system: You are a helpful assistant.
user:
Analyze the provided spectrum to determine if it is a **M-type Giant (gM)**.

A M-type Giant spectrum is defined by its **strong molecular absorption** features, particularly from **Titanium Oxide (TiO)**. You must check for one of the following mutually exclusive signatures:

- **Key Visual Indicators (Absorption-Dominated Spectrum):**

    - **(Primary):** The spectrum is dominated by strong molecular absorption from **Titanium Oxide (TiO)**. This is the **defining feature** of its M-type temperature class.
        - **(Key Bandheads):** Look for sharp, "saw-tooth" absorption valleys. The strongest are located near **~7050 Å**, **~6160 Å**, and **~5170 Å**.
        - **(Line Profile):** The "saw-tooth" morphology is critical: a **sharp, steep drop on the BLUE (short-wavelength) side** of the bandhead, followed by a gradual recovery (rising flux) towards the RED (long-wavelength) side.

    - **(Key Confirmation - Giant vs. Dwarf):** **ABSENCE** of strong **Calcium Hydride (CaH)** molecular bands. This is the primary diagnostic for *excluding* M-dwarfs.
        - **(Key Region):** The spectrum should lack the strong, broad absorption band seen in dwarfs between **~6800 Å and ~7000 Å**.

    - **(Secondary Confirmation - Giant):** A very strong and broad **Neutral Calcium (Ca I)** atomic absorption line.
        - **(Key Line):** Located at **~4226 Å**. In a giant (gM), this line is significantly deeper and broader than the same line in an M-dwarf (dM) due to low surface gravity.

    - **(Overall Spectrum):**
        - The continuum is **extremely red-sloping** (i.e., flux is very low in the blue and rises dramatically towards the red).
        - The entire spectrum appears "chopped up" by the deep TiO bands.

Think first, call **spectral_visualization_tool** if needed to examine features in detail, then provide your final answer. Your response must adhere to the following strict rules:
1.  **Overall Structure:** Your response must follow the format `<think>...</think> <tool_call>...</tool_call> (if a tool is used) <answer>...</answer>`.
2.  **Tool Usage Constraint:** You may only make **one** tool call per turn.
3.  **Final Answer Format:** In the `<answer>` tag, your conclusion must be inside a `\boxed{}` command (e.g., `\boxed{YES}` or `\boxed{NO}`), followed by your justification.

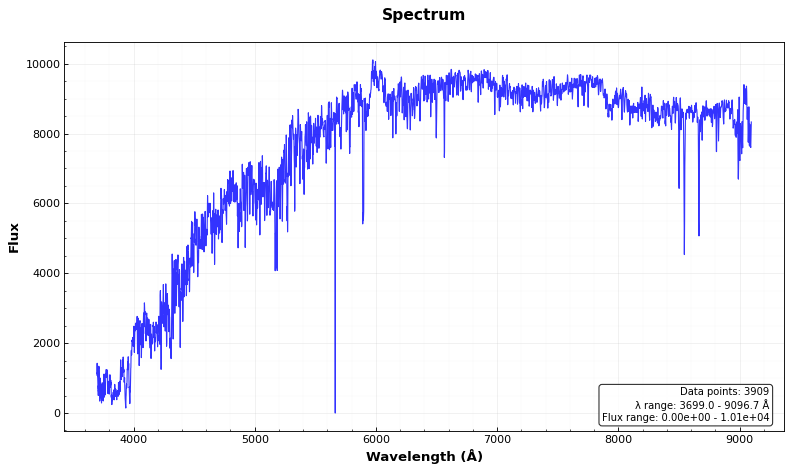
Answer: NO